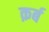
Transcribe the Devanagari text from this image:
क़र्ब